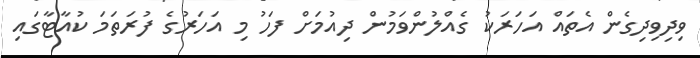
ވިދިވިދިގެން އެތައް އަހަރަކު ގެއްލުންވަމުން ދިއުމަށް ފަހު މި އަހަރުގެ ފުރަތަމަ ކުއާޓާގައި